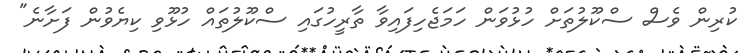
ކުރިން ވެސް ސްކޫލުތަށް ހުޅުވަން ހަމަޖެހިފައިވާ ތާރީހުގައި ސްކޫލުތައް ހުޅޫވި ކިޔެވުން ފަށާނެ"